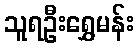
သူရဦးရွှေမန်း